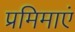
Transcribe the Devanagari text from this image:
प्रमिमाएं